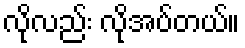
လိုလည်း လိုအပ်တယ်။